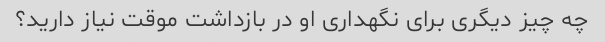
چه چیز دیگری برای نگهداری او در بازداشت موقت نیاز دارید؟